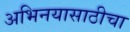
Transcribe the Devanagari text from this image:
अभिनयासाठीचा